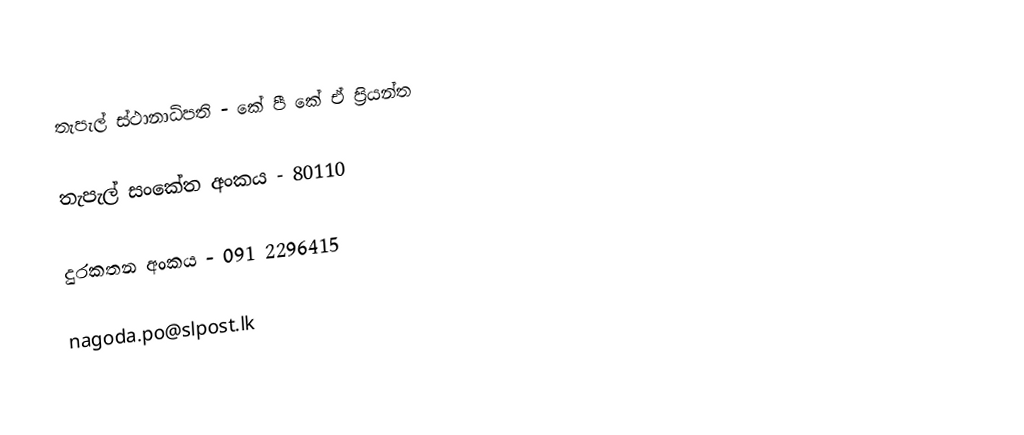
තැපැල් ස්ථානාධිපති - කේ පී කේ ඒ ප්‍රියන්ත

තැපැල් සංකේත අංකය - 80110

දුරකතන අංකය - 091 2296415

nagoda.po@slpost.lk